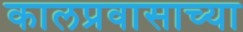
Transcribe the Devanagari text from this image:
कालप्रवासाच्या